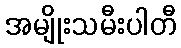
အမျိုးသမီးပါတီ